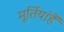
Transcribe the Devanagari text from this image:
मूर्तियांहैं